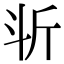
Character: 𣁰